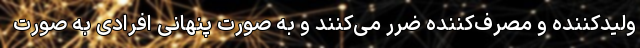
ولیدکننده و مصرف‌کننده ضرر می‌کنند و به صورت پنهانی افرادی به صورت